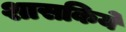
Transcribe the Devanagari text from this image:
शासकिये